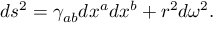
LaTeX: d s ^ { 2 } = \gamma _ { a b } d x ^ { a } d x ^ { b } + r ^ { 2 } d \omega ^ { 2 } .